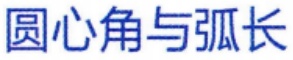
圆心角与弧长